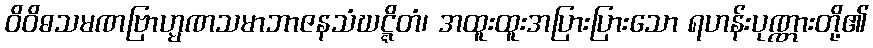
ဝိဝိဓသမဏဗြာဟ္မဏသမာဘာဇနသံဃဋ္ဋိတံ၊ အထူးထူးအပြားပြားသော ရဟန်းပုဏ္ဏားတို့၏